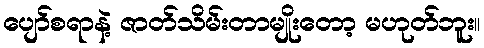
ပျော်စရာနဲ့ ဇာတ်သိမ်းတာမျိုးတော့ မဟုတ်ဘူး။